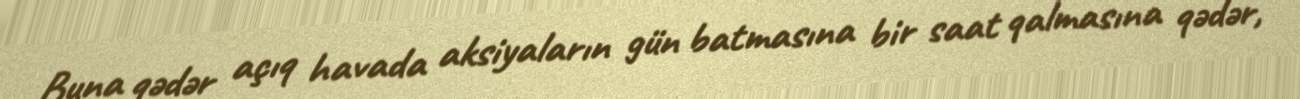
Buna qədər açıq havada aksiyaların gün batmasına bir saat qalmasına qədər,